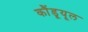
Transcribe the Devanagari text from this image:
कौंडूयूल